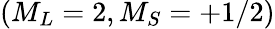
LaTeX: (M_{L}=2,M_{S}=+1/2)